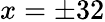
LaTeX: x=\pm 32